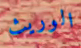
الوريث